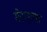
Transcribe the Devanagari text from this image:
सेटाइवस